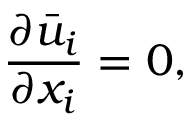
\frac { \partial { { { \bar { u } } } _ { i } } } { \partial { { x } _ { i } } } = 0 ,